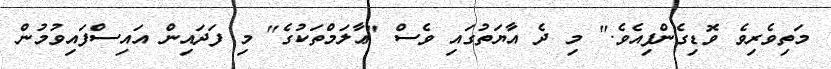
މަތިވެރިވެ ވޮޑިގެންފިއެވެ." މި ދެ އާޔަތުގައި ވެސް "ޢާލަމްތަކުގެ" މި ފަދައިން އައިސްފައިވުމުން